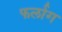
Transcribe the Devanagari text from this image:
फर्लाग